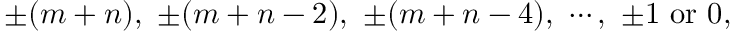
\pm ( m + n ) , ~ \pm ( m + n - 2 ) , ~ \pm ( m + n - 4 ) , ~ \cdots , ~ \pm 1 ~ \mathrm { o r } ~ 0 ,